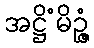
အဋ္ဌိံမိဉ္ဇံ